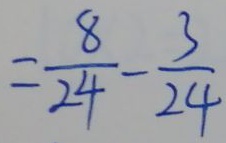
= \frac { 8 } { 2 4 } - \frac { 3 } { 2 4 }